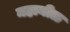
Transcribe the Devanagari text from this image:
महानीळ